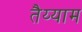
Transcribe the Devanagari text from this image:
तैय्याम